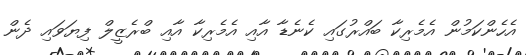
އެހެންކަމުން އެމެރިކާ ބައްރުގައި ކެނެޑާ އާއި އެމެރިކާ އާއި ބްރެޒީލް ފިޔަވައި ދެން